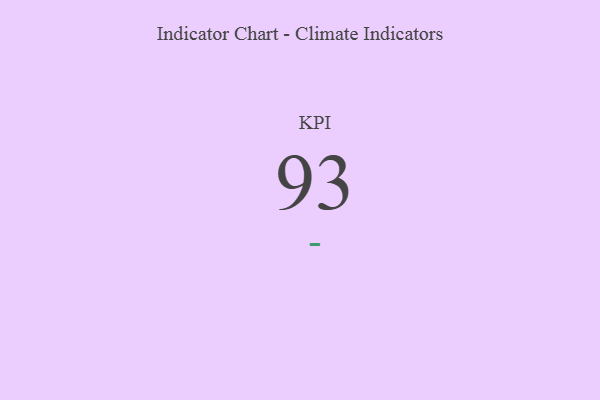
{"axis": {"x": "KPI", "y": "Value"}, "legend": [""], "data": [{"x": "KPI", "y": 93, "type": ""}]}